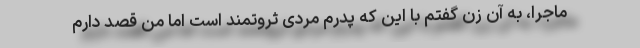
ماجرا، به آن زن گفتم با این که پدرم مردی ثروتمند است اما من قصد دارم